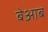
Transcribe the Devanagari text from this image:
बेआब